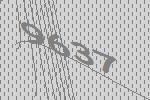
9637